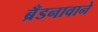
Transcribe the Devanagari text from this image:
ब्रँडनावाने